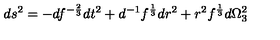
d s ^ { 2 } = - d f ^ { - { \frac { 2 } { 3 } } } d t ^ { 2 } + d ^ { - 1 } f ^ { \frac { 1 } { 3 } } d r ^ { 2 } + r ^ { 2 } f ^ { \frac { 1 } { 3 } } d \Omega _ { 3 } ^ { 2 }